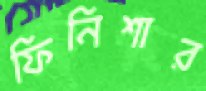
ফিনিশার